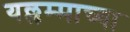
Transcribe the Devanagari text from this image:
यल्लम्माच्या